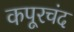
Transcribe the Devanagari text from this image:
कपूरचंद